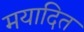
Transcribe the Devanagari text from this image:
मयादित